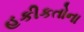
હકીકતોના